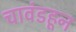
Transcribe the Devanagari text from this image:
चावंडहून